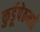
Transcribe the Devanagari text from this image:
कुर्डूपेठमधे